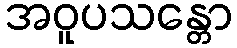
အဝူပသန္တော